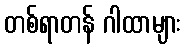
တစ်ရာတန် ဂါထာများ